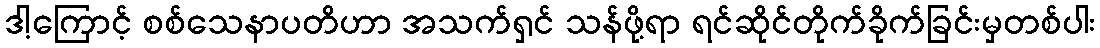
ဒါ့ကြောင့် စစ်သေနာပတိဟာ အသက်ရှင် သန်ဖို့ရာ ရင်ဆိုင်တိုက်ခိုက်ခြင်းမှတစ်ပါး